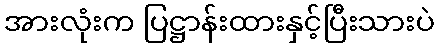
အားလုံးက ပြဋ္ဌာန်းထားနှင့်ပြီးသားပဲ